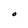
Character: O